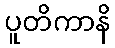
ပူတိကာနိ